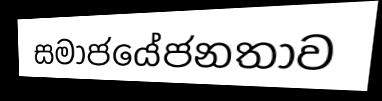
සමාජයේජනතාව